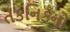
તકનિકનો